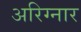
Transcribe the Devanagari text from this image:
अरिग्नार